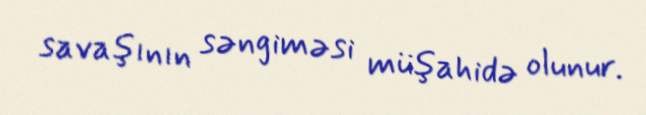
savaşının səngiməsi müşahidə olunur.